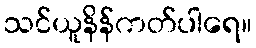
သင်ယူနိန်ကတ်ပါရေ။